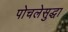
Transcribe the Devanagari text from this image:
पोचलेसुद्धा